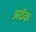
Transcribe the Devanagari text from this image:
अटॅक